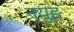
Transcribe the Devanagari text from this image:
न्युड